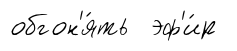
обгон'я́ть эф'и́р